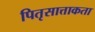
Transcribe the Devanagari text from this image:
पितृसात्ताकता